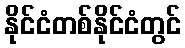
နိုင်ငံတစ်နိုင်ငံတွင်